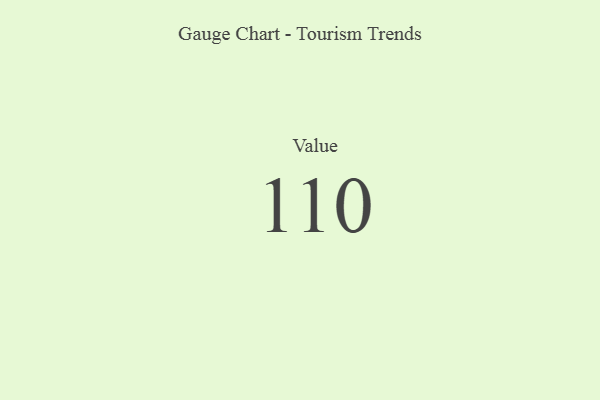
{"axis": {"x": "Metric", "y": "Value"}, "legend": [""], "data": [{"x": "Value", "y": 110, "type": ""}]}